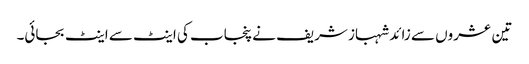
تین عشروں سے زائد شہباز شریف نے پنجاب کی اینٹ سے اینٹ بجائی۔